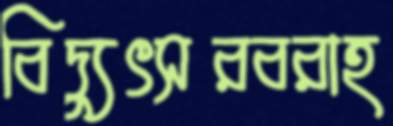
বিদ্যুৎসরবরাহ